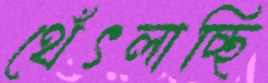
থেঁৎলাচ্ছি